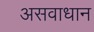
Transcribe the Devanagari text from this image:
असवाधान